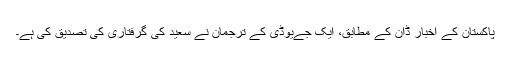
پاکستان کے اخبار ڈان کے مطابق، ایک جےیوڈی کے ترجمان نے سعید کی گرفتاری کی تصدیق کی ہے۔